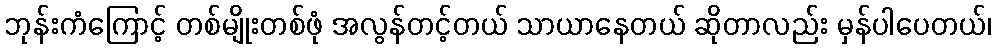
ဘုန်းကံကြောင့် တစ်မျိုးတစ်ဖုံ အလွန်တင့်တယ် သာယာနေတယ် ဆိုတာလည်း မှန်ပါပေတယ်၊